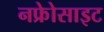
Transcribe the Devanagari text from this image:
नफ्रेोसाइट